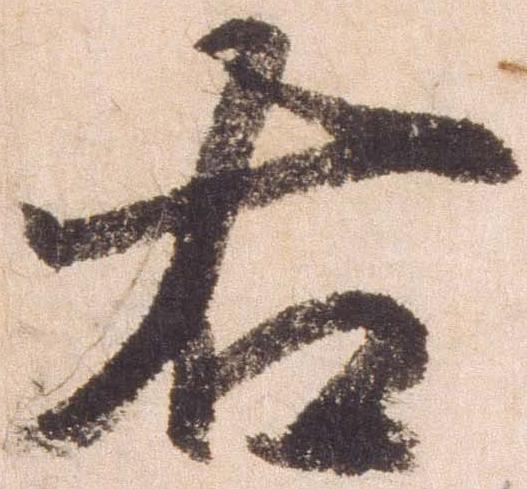
右